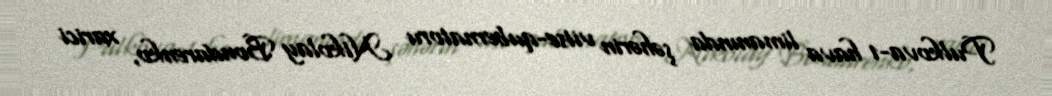
Pulkova-1 hava limanında şəhərin vitse-qubernatoru Nikolay Bondarenko, xarici